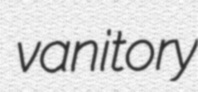
vanitory